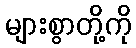
များစွာတို့ကို